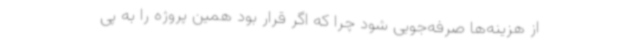
از هزینه‌ها صرفه‌جویی شود چرا که اگر قرار بود همین پروژه را به پی